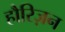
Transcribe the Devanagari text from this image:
हौरिज़न